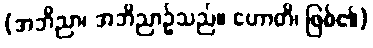
(အဘိညာ၊ အဘိညာဉ်သည်။ ဟောတိ၊ ဖြစ်၏)